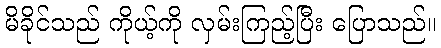
မိခိုင်သည် ကိုယ့်ကို လှမ်းကြည့်ပြီး ပြောသည်။